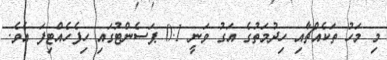
މި މަހު ތަކެއްޗާއި ހިދުމަތުގެ އަގު ވަނީ 0.1 ޕަސެންޓުގައި ހިފެހެއްޓިފަ އެވެ.